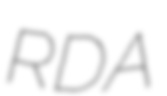
RDA